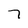
Character: 7